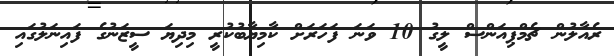
ރެއާލުން ޗެމްޕިއަންސް ލީގު 10 ވަނަ ފަހަރަށް ކާމިޔާބުކުރީ މިދިޔަ ސީޒަނުގެ ފައިނަލުގައި